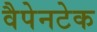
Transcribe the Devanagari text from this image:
वैपेनटेक